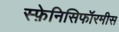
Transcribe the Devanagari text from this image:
स्फ़ेनिसिफॉरमीस